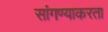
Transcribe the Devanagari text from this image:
सांगण्याकरता